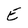
Character: E